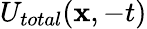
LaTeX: U_{total}(\textbf{x},-t)